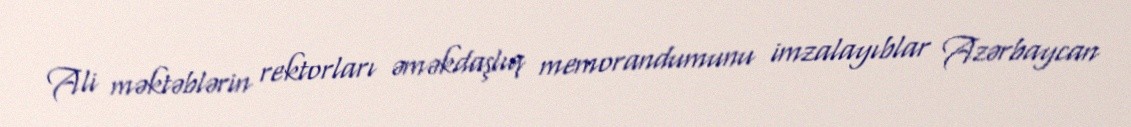
Ali məktəblərin rektorları əməkdaşlıq memorandumunu imzalayıblar Azərbaycan